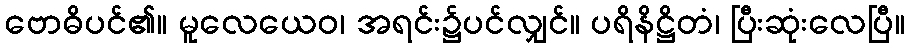
ဗောဓိပင်၏။ မူလေယေဝ၊ အရင်း၌ပင်လျှင်။ ပရိနိဋ္ဌိတံ၊ ပြီးဆုံးလေပြီ။